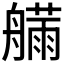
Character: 𱽂